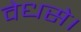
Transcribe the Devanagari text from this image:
वेधसे।